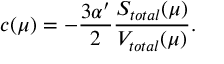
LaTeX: c ( \mu ) = - \frac { 3 \alpha ^ { \prime } } 2 \frac { S _ { t o t a l } ( \mu ) } { V _ { t o t a l } ( \mu ) } .